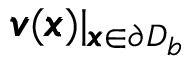
{ \pmb v } ( { \pmb x } ) | _ { { \pmb x } \in \partial D _ { b } }